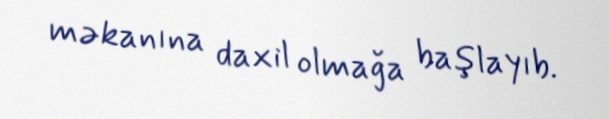
məkanına daxil olmağa başlayıb.